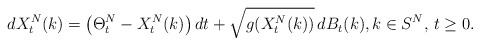
\begin{align*} dX^N_t(k)=\big(\Theta^N_t-X^N_t(k)\big)\,dt+\sqrt{g(X^N_t(k))}\,dB_t(k),k\in S^N,\, t\geq 0.\end{align*}